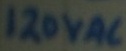
Text: 120VAC